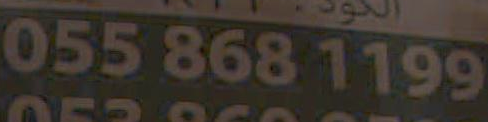
0558681199